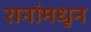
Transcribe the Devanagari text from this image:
रानांमधून